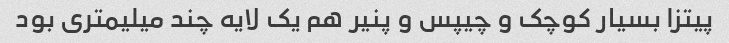
پیتزا بسیار کوچک و چیپس و پنیر هم یک لایه چند میلیمتری بود